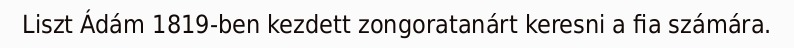
Liszt Ádám 1819-ben kezdett zongoratanárt keresni a fia számára.